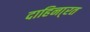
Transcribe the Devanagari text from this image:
दाहिना्रत